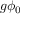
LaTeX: g \phi _ { 0 }